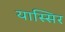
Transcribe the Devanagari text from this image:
यास्सिर